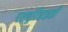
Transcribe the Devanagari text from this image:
एल्यूरिडाइडी